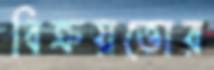
বিক্রয়ত্তোর